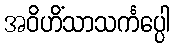
အဝိဟိံသာသင်္ကပ္ပေါ